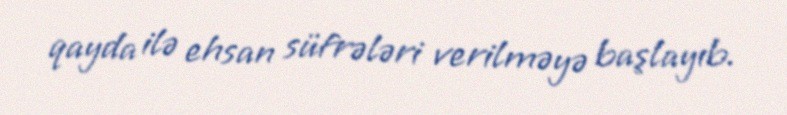
qayda ilə ehsan süfrələri verilməyə başlayıb.